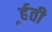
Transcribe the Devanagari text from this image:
र्र्हती